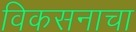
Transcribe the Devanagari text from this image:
विकसनाचा